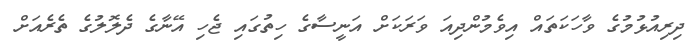
ދިރިއުޅުމުގެ ވާހަކަތައް އިވެމުންދިއަ ވަރަކަށް އަނީސާގެ ހިތުގައި ޖެހި އޭނާގެ ދެލޮލުގެ ތެރެއަށް